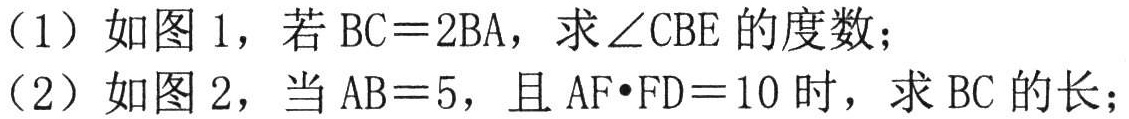
（1）如图 1，若 \(BC = 2BA\)，求 \(\angle CBE\) 的度数；

（2）如图 2，当 \(AB = 5\)，且 \(AF\cdot FD = 10\) 时，求 \(BC\) 的长；